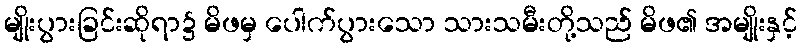
မျိုးပွားခြင်းဆိုရာ၌ မိဖမှ ပေါက်ပွားသော သားသမီးတို့သည် မိဖ၏ အမျိုးနှင့်